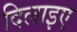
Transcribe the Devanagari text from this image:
दिलाइए